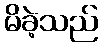
မိခဲ့သည်